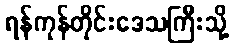
ရန်ကုန်တိုင်းဒေသကြီးသို့